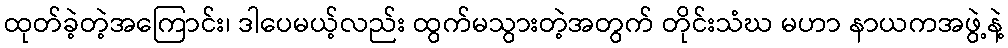
ထုတ်ခဲ့တဲ့အကြောင်း၊ ဒါပေမယ့်လည်း ထွက်မသွားတဲ့အတွက် တိုင်းသံဃ မဟာ နာယကအဖွဲ့နဲ့